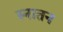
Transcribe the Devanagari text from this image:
स्नातन